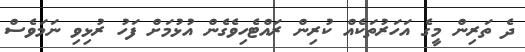
ދެ ތަރިން މީގެ އަހަރުތަކެއް ކުރިން ރައްޓެހިވެގެން އުޅުމަށް ފަހު ރުޅިވި ނަމަވެސް